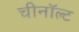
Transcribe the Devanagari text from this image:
चीनॉल्ट